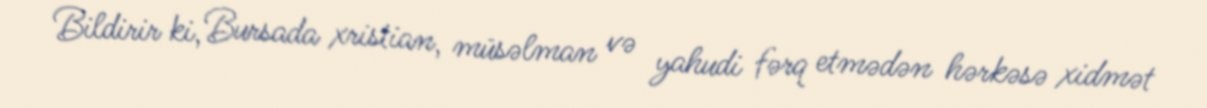
Bildirir ki, Bursada xristian, müsəlman və yahudi fərq etmədən hərkəsə xidmət